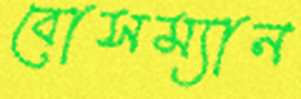
বোসম্যান